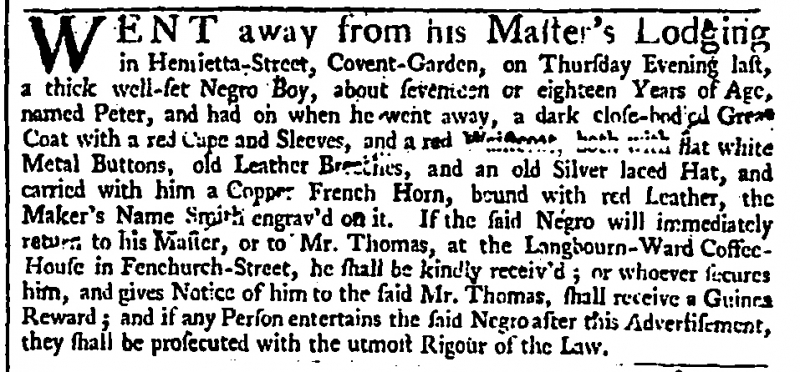
Daily Advertiser, 6 November 1742 (England)
WENT away from his Master’s Lodging in Henrietta-Street, Covent-Garden, on Thursday Evening last, a thick well-set Negro Boy, about seventeen or eighteen Years of Age, named Peter, and had on when he went away, a dark close-bodied Great Coat with a red Cape and Sleeves, and a red Waistcoat, both with flat white Metal Buttons, old Leather Breeches, and an old Silver laced Hat, and carried with him a Copper French Horn, bound with red Leather, the Maker’s Name Smith engrav’d on it. If the said Negro will immediately return to his Master, or to Mr. Thomas, at the Langbourn-Ward Coffee-House in Fenchurch-Street, he shall be kindly receiv’d; or whoever secures him, and gives Notice of him to the said Mr. Thomas, shall receive a Guinea Reward; and if any Person entertains the said Negro after this Advertisement, they shall be prosecuted with the utmost Rigour of the Law.